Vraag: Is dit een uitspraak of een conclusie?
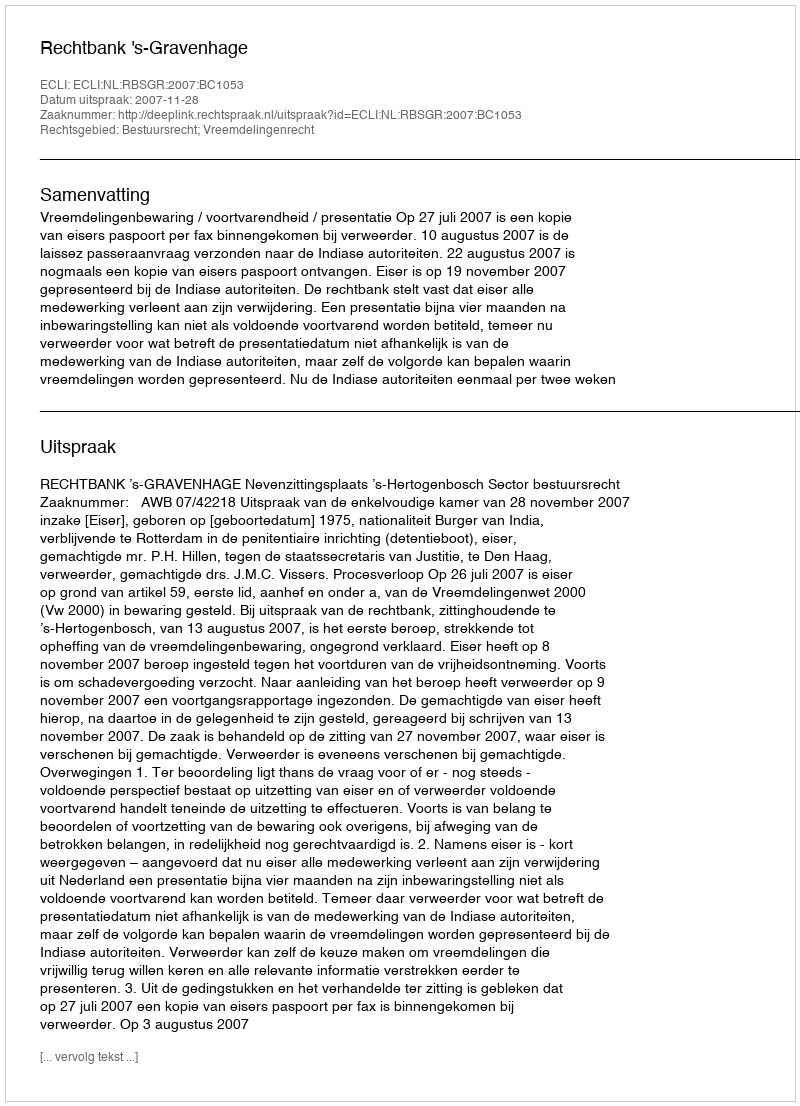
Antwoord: Uitspraak